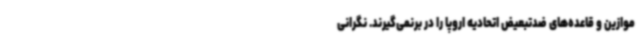
موازین و قاعده‌های ضدتبعیض اتحادیه اروپا را در برنمی‌گیرند. نگرانی